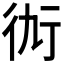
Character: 𧗝